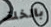
بالخلف